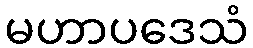
မဟာပဒေသံ